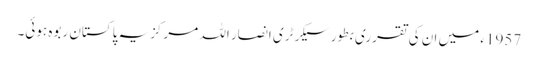
1957ء میں ان کی تقرری بطور سیکرٹری انصار اللہ مرکزیہ پاکستان ربوہ ہوئی۔